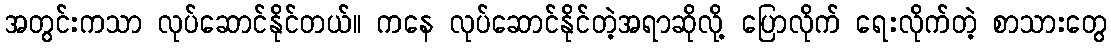
အတွင်းကသာ လုပ်ဆောင်နိုင်တယ်။ ကနေ လုပ်ဆောင်နိုင်တဲ့အရာဆိုလို့ ပြောလိုက် ရေးလိုက်တဲ့ စာသားတွေ